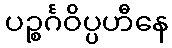
ပဉ္စင်္ဂဝိပ္ပဟီနေ